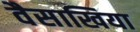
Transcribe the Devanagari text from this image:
वैसाखिया